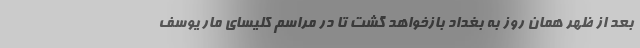
بعد از ظهر همان روز به بغداد بازخواهد گشت تا در مراسم کلیسای مار یوسف